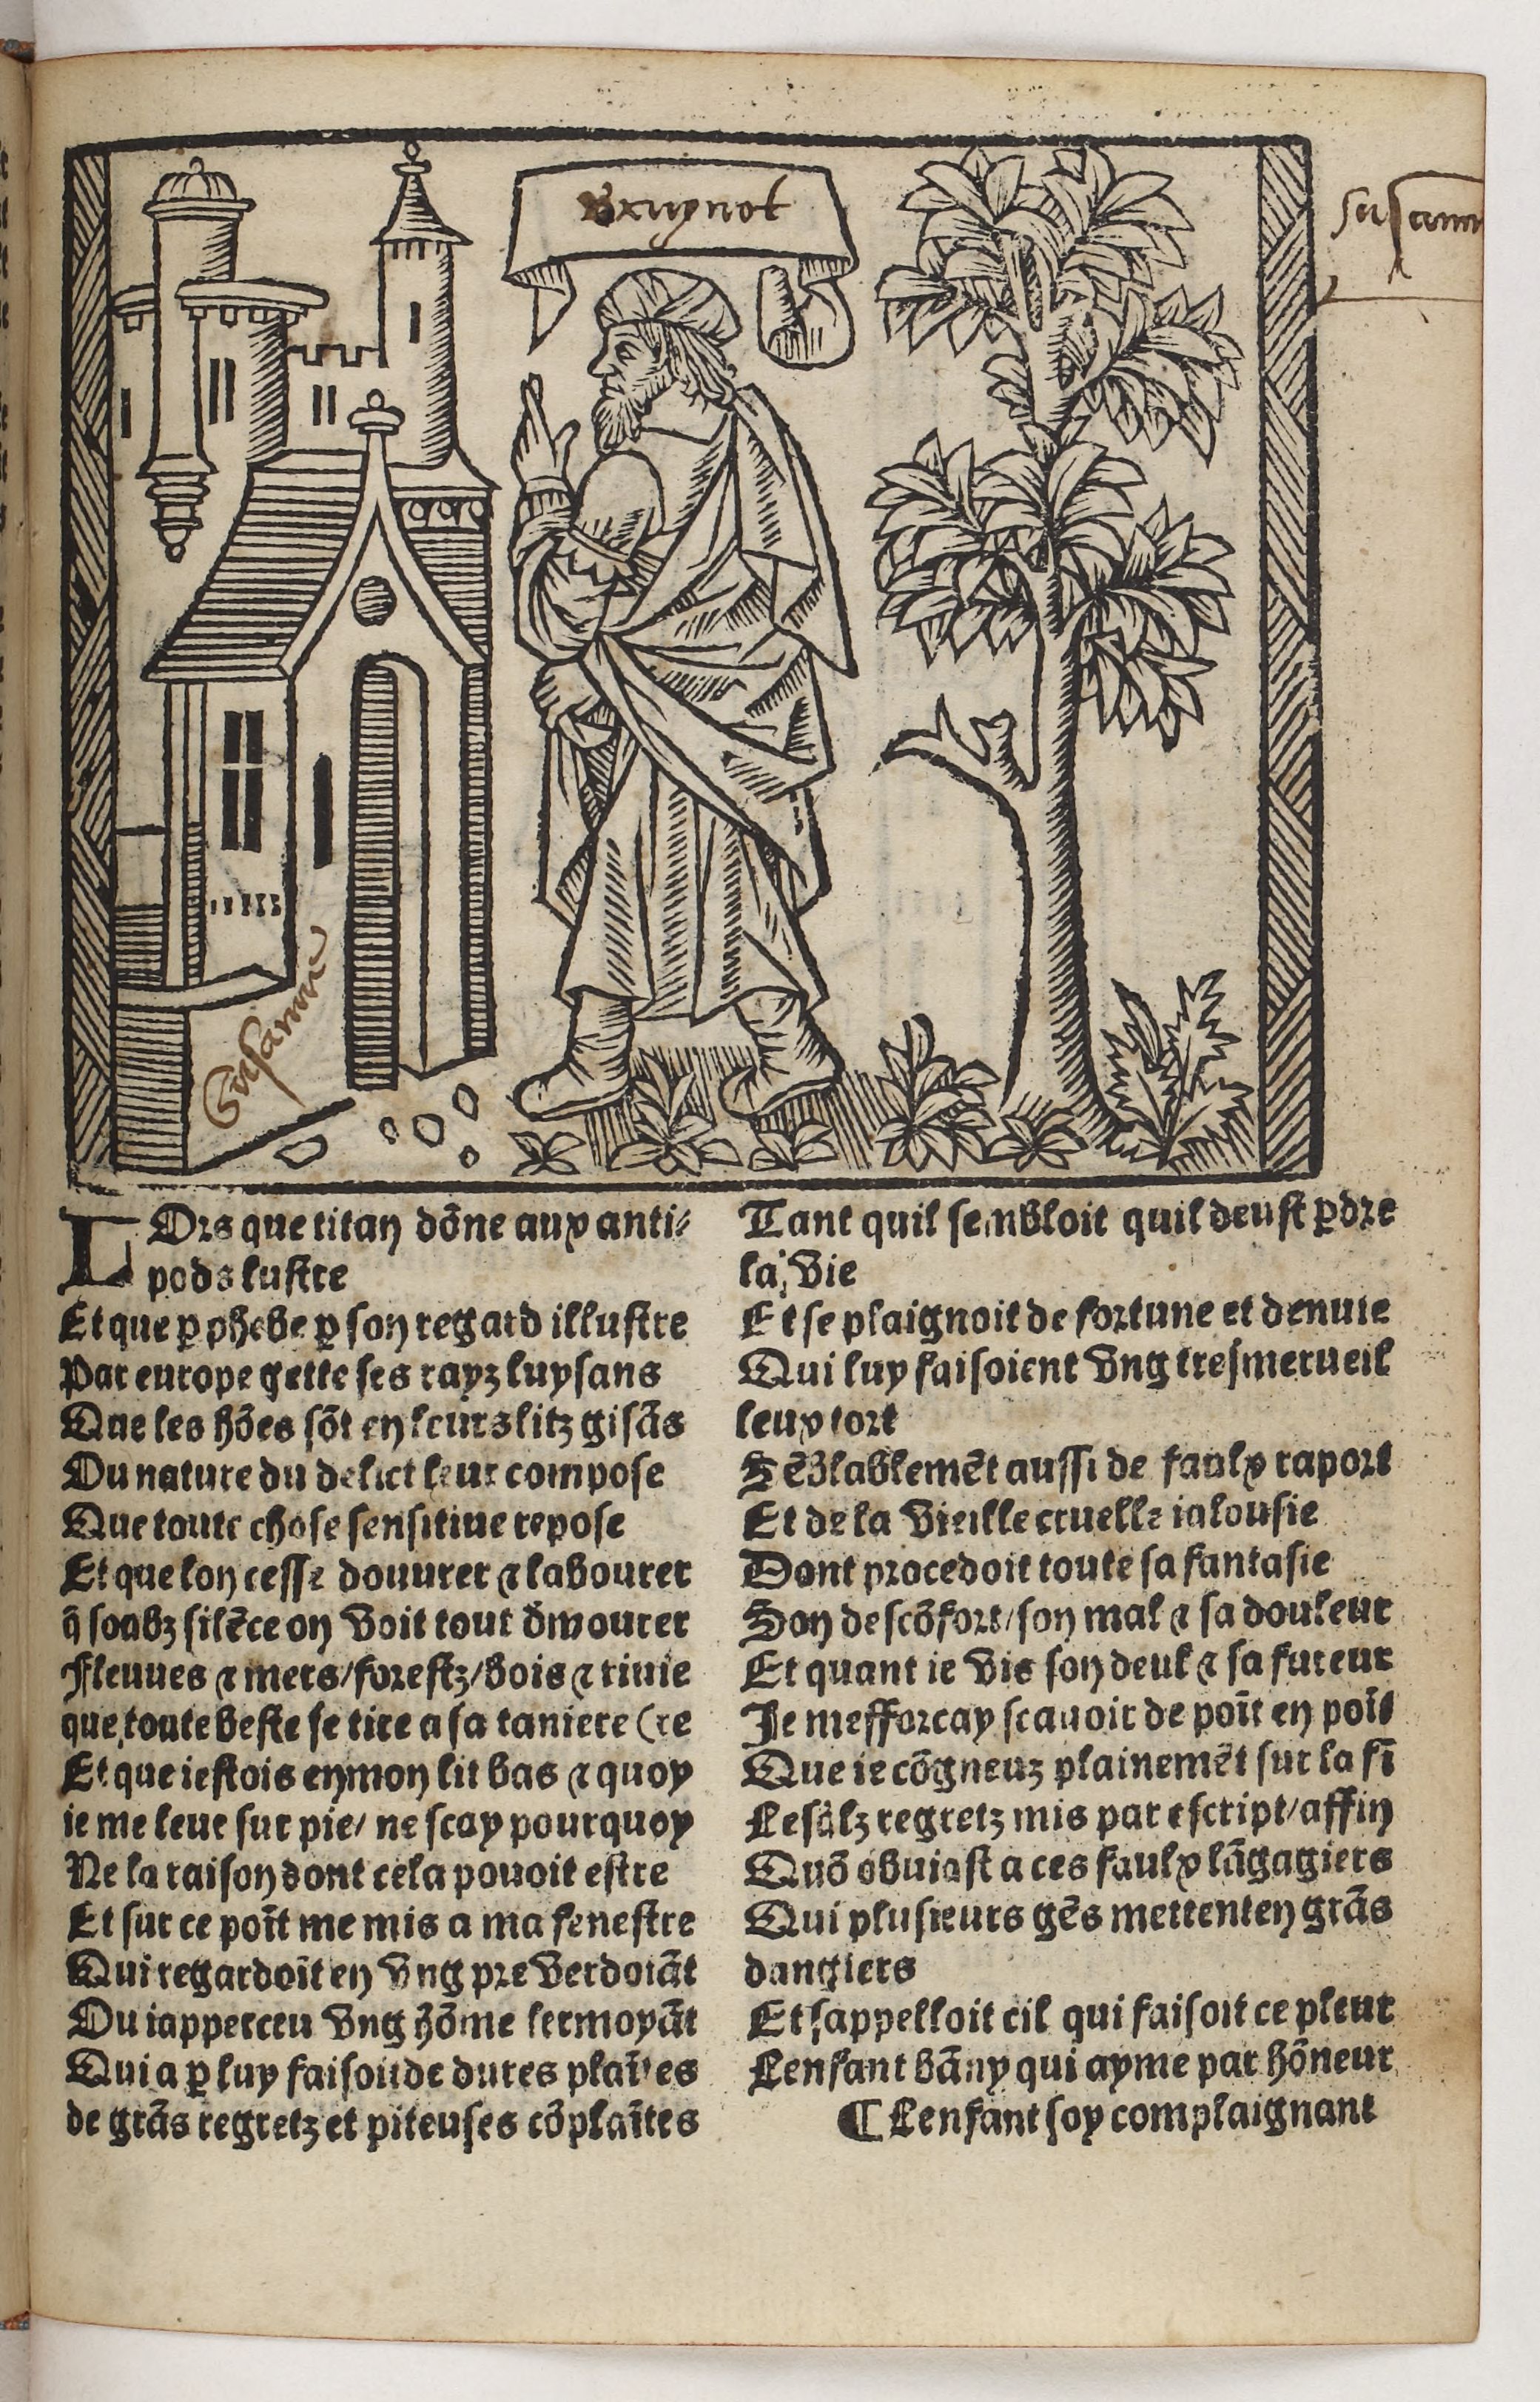
Shelfmark: Paris, BnF, Rés. Y2-930
Century: 15